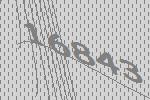
16843